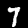
Digit: 7